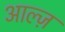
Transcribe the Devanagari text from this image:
आल्ज़